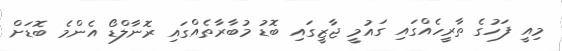
މިއީ ފަހުގެ ތާރީހެއްގައި ގައުމީ ޖާޒީގައި ބޮޑު މުބާރާތެއްގައި ރޮނާލްޑޯ އެންމެ ބޮޑަށް